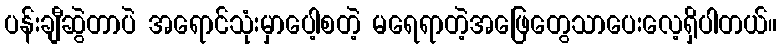
ပန်းချီဆွဲတာပဲ အရောင်သုံးမှာပေါ့စတဲ့ မရေရာတဲ့အဖြေတွေသာပေးလေ့ရှိပါတယ်။